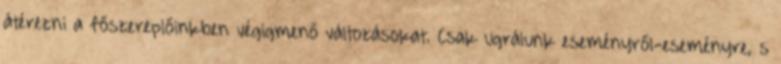
átérezni a főszereplőinkben végigmenő változásokat. Csak ugrálunk eseményről-eseményre, s